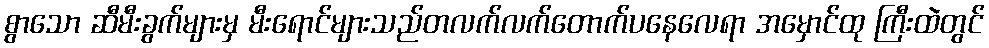
စွာသော ဆီမီးခွက်များမှ မီးရောင်များသည်တလက်လက်တောက်ပနေလေရာ အမှောင်ထု ကြီးထဲတွင်